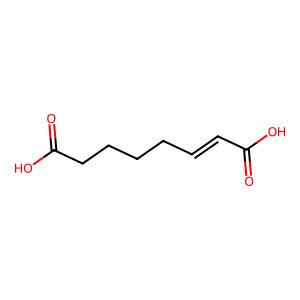
SMILES: O=C(O)C=CCCCCC(=O)O
Inhibits HIV replication: No